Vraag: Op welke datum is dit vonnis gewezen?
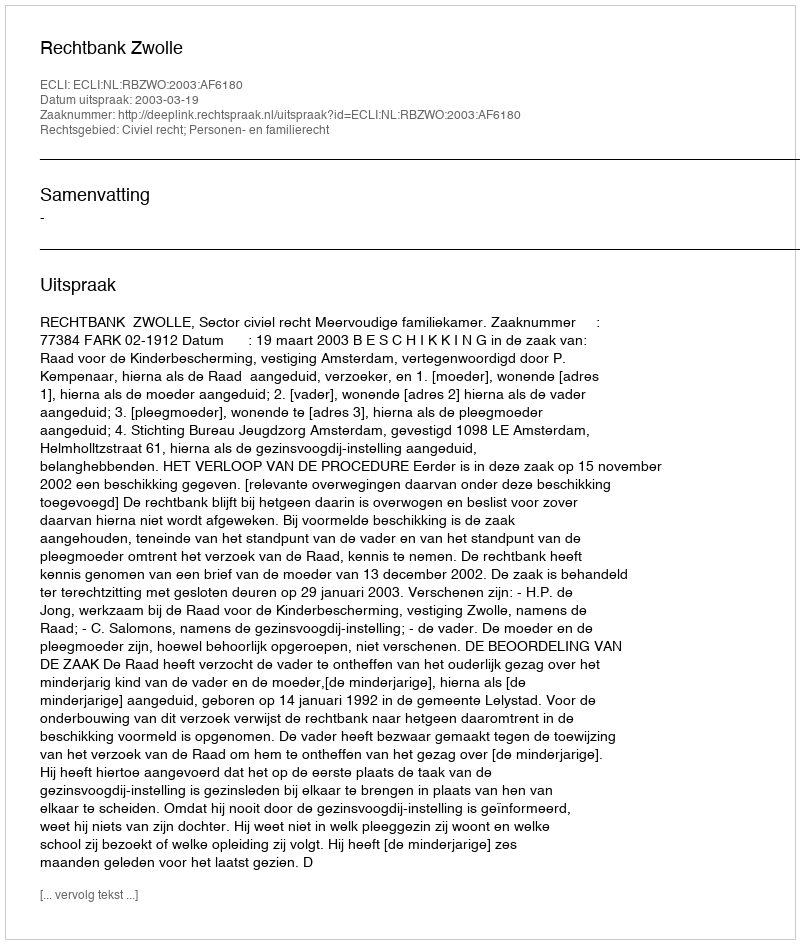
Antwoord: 2003-03-19